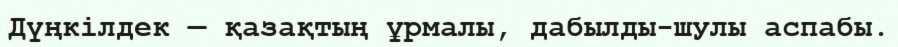
Дүңкілдек — қазақтың ұрмалы, дабылды-шулы аспабы.